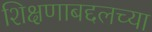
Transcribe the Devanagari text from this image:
शिक्षणाबद्दलच्या